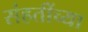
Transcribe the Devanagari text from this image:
संहतींच्या